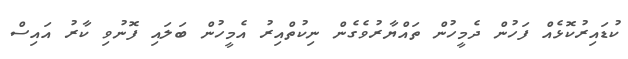
ކުޑައިރުކޮޅެއް ފަހުން ދެމީހުން ތައްޔާރުވެގެން ނިކުތްއިރު އެމީހުން ބަލައި ފޮނުވި ކާރު އައިސް